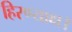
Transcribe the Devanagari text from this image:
हिरण्याक्ष।